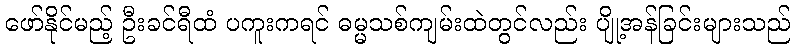
ဖော်နိုင်မည့် ဦးခင်ရီထံ ပကူးကရင် ဓမ္မသစ်ကျမ်းထဲတွင်လည်း ပျို့အန်ခြင်းများသည်